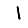
Digit: 1